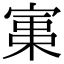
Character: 𡩪